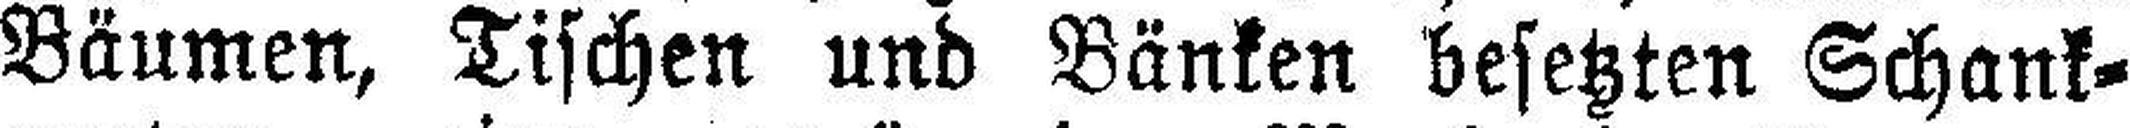
Bäumen, Tischen und Bänken besetzten Schank¬